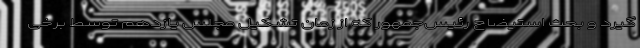
گیرد و بحث استیضاح رئیس‌جمهور که از زمان تشکیل مجلس یازدهم توسط برخی